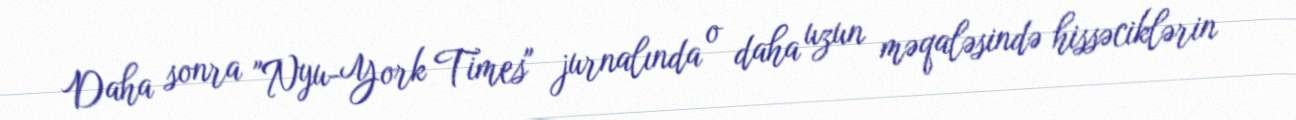
Daha sonra "Nyu-York Times" jurnalında o daha uzun məqaləsində hissəciklərin